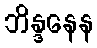
ဘိန္ဒနေန